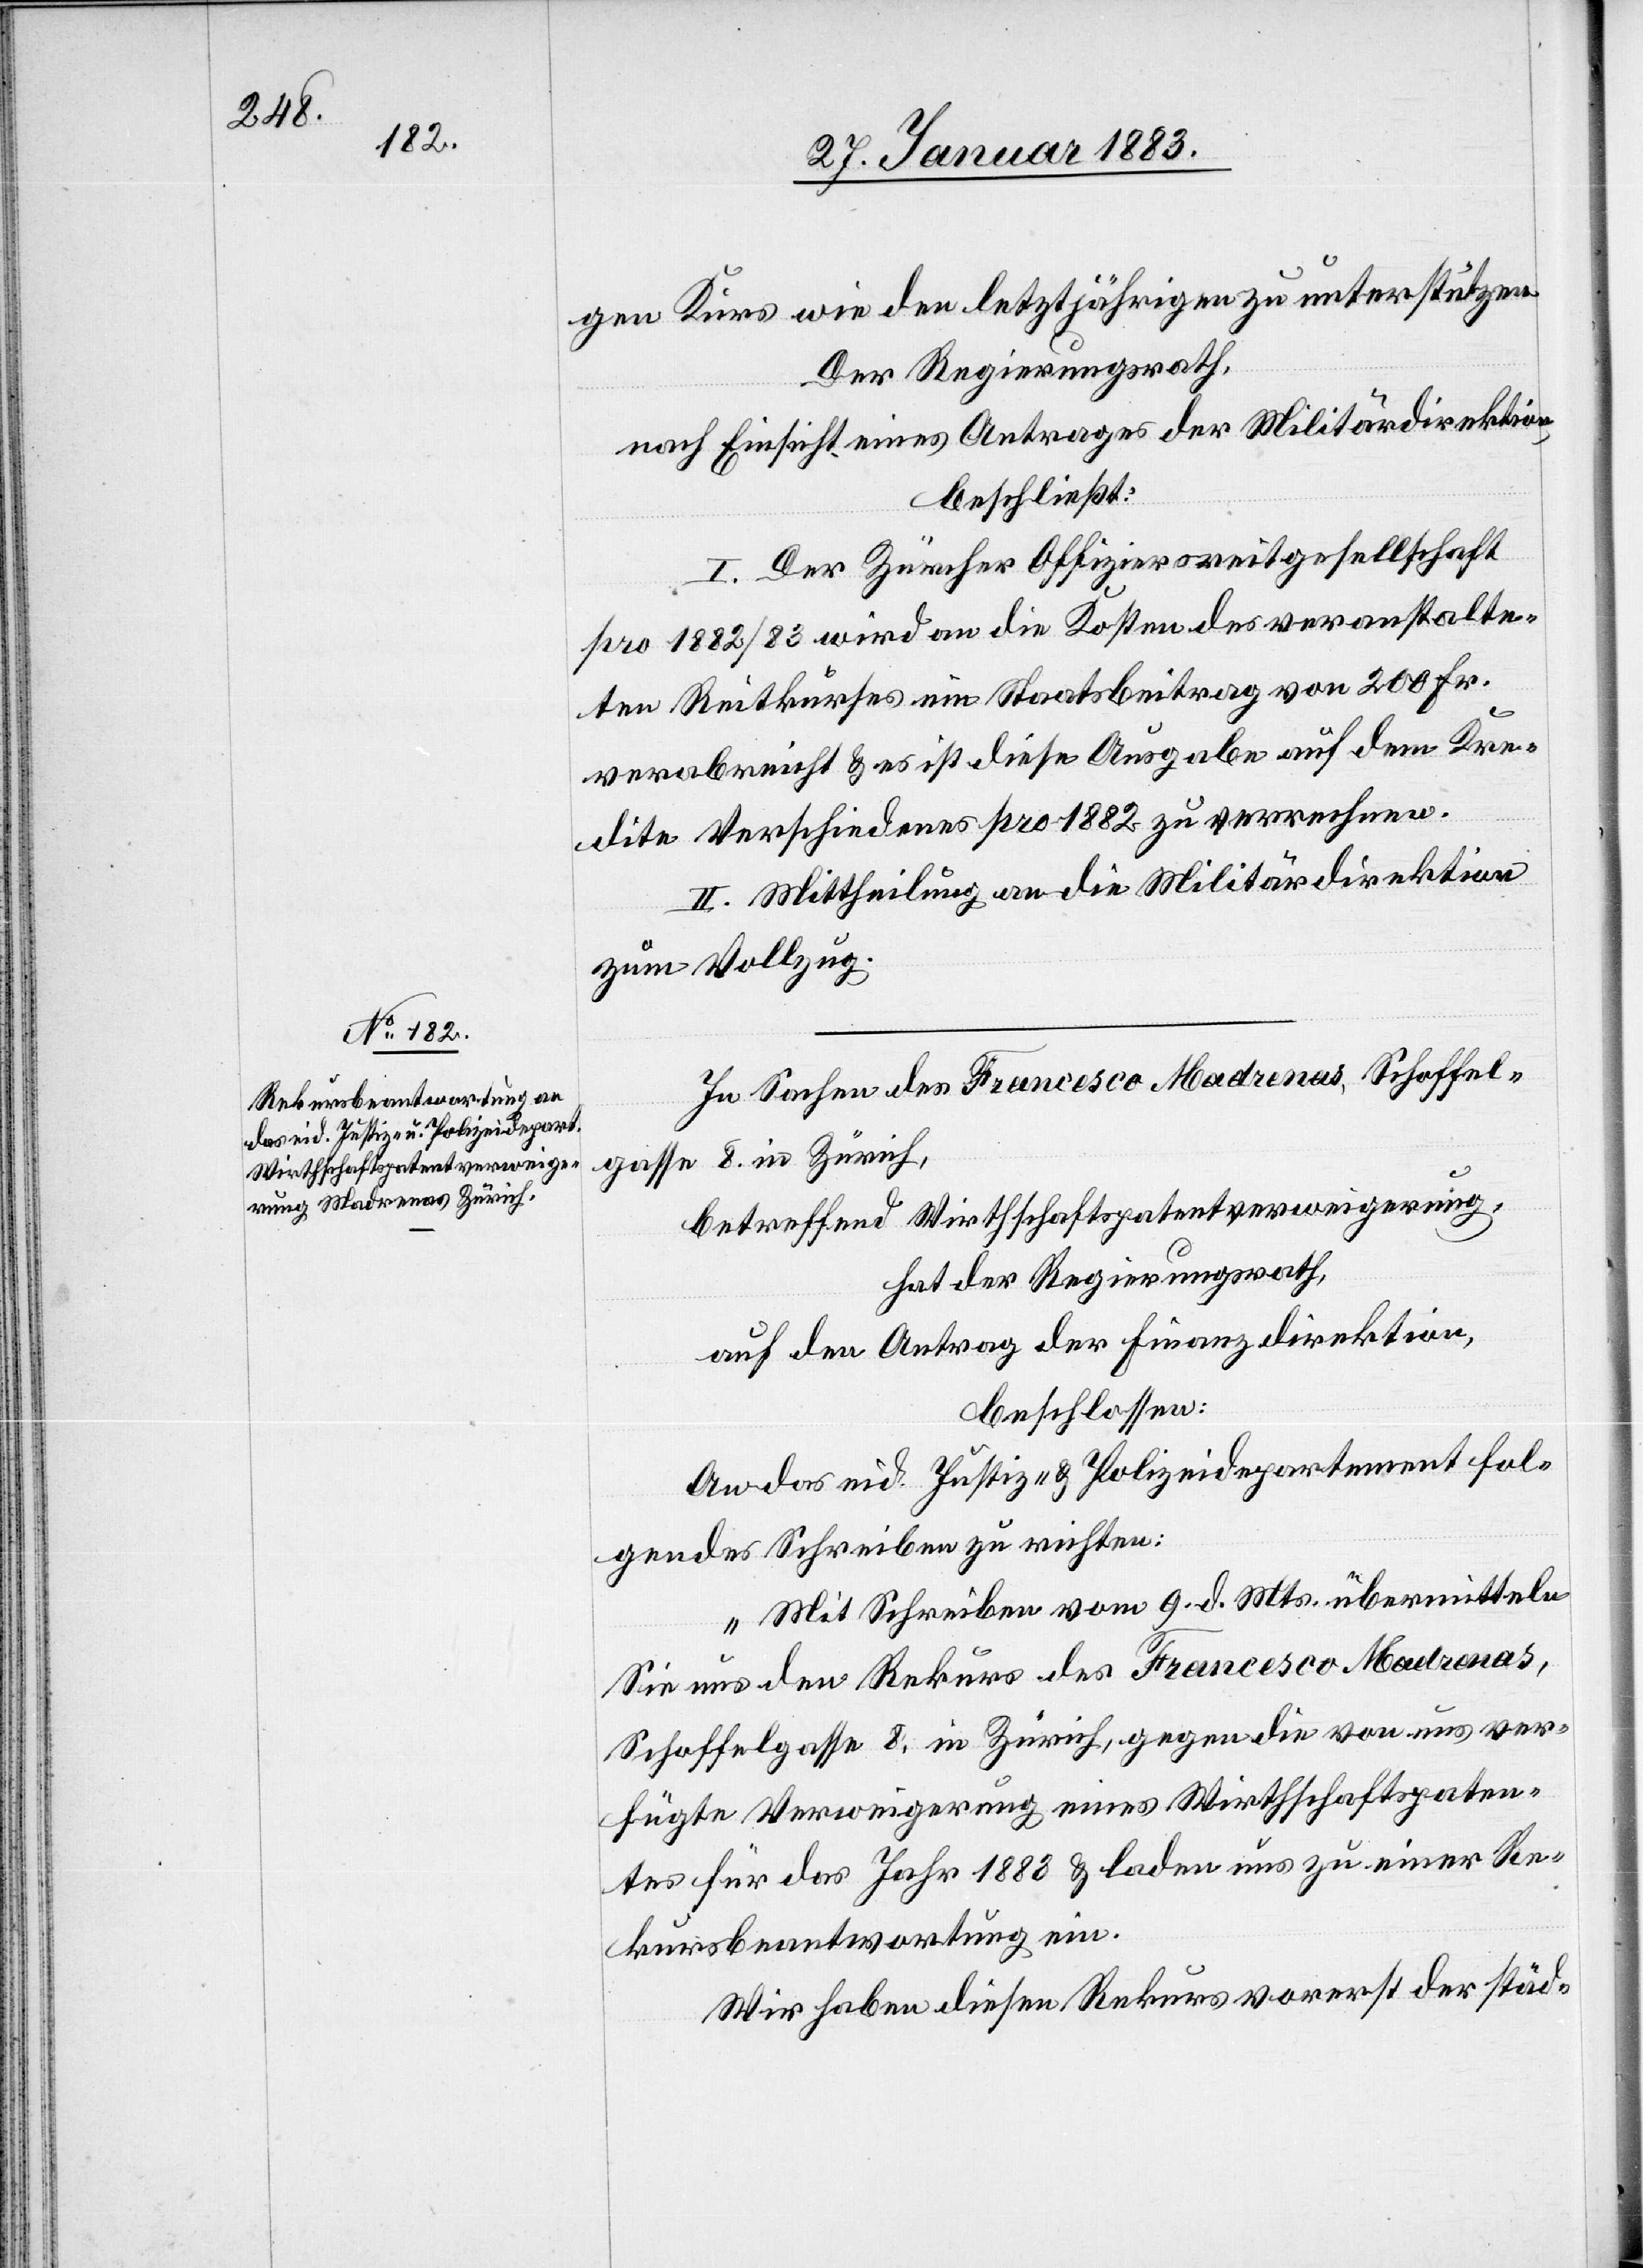
gen Kurs wie den letztjährigen zu unterstützen.
Der Regierungsrath,
nach Einsicht eines Antrages der Militärdirektion,
beschließt:
I. Der Zürcher Offiziersreitgesellschaft
pro 1882/83 wird an die Kosten des veranstalte¬
ten Reitkurses ein Staatsbeitrag von 200 Fr.
verabreicht & es ist diese Ausgabe auf dem Kre¬
dite Verschiedenes pro 1882 zu verrechnen.
II. Mittheilung an die Militärdirektion
zum Vollzug.
In Sachen des Francesco Madrenas, Schoffel¬
gasse 8. in Zürich,
betreffend Wirthschaftspatentverweigerung,
hat der Regierungsrath,
auf den Antrag der Finanzdirektion,
beschlossen:
An das eid. Justiz- & Polizeidepartement fol¬
gendes Schreiben zu richten:
„Mit Schreiben vom 9. d. Mts. übermitteln
Sie uns den Rekurs des Francesco Madrenas,
Schoffelgasse 8. in Zürich, gegen die von uns ver¬
fügte Verweigerung eines Wirthschaftspaten¬
tes für das Jahr 1883 & laden uns zu einer Re¬
kursbeantwortung ein.
Wir haben diesen Rekurs vorerst der städ-